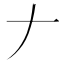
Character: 𠂇